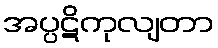
အပ္ပဋိကုလျတာ